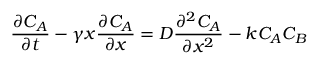
\frac { \partial C _ { A } } { \partial t } - \gamma x \frac { \partial C _ { A } } { \partial x } = D \frac { \partial ^ { 2 } C _ { A } } { \partial x ^ { 2 } } - k C _ { A } C _ { B }